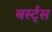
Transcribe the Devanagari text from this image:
बर्स्ट्‌स